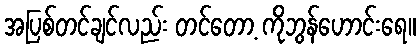
အပြစ်တင်ချင်လည်း တင်တော့ ကိုဘွန်ဟောင်းရေ။